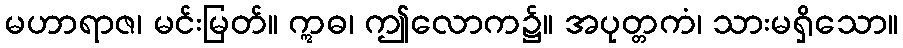
မဟာရာဇ၊ မင်းမြတ်။ ဣဓ၊ ဤလောက၌။ အပုတ္တကံ၊ သားမရှိသော။